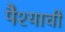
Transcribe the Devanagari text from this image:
पैश्याची